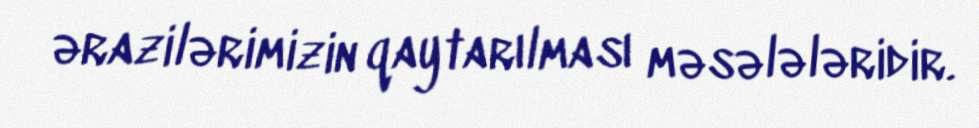
ərazilərimizin qaytarılması məsələləridir.